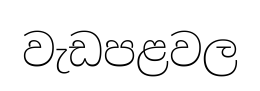
වැඩපළවල